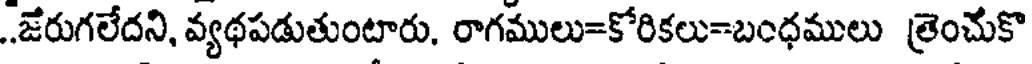
..జేరుగలేదని, వ్యథపడుతుంటారు. రాగములు=కోరికలు=బంధములు త్రెంచుకొ